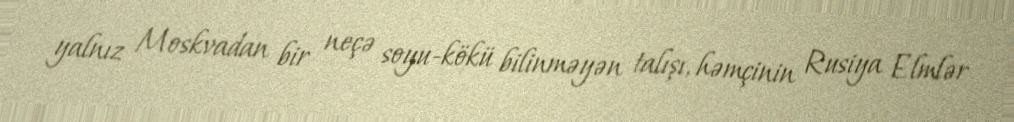
yalnız Moskvadan bir neçə soyu-kökü bilinməyən talışı, həmçinin Rusiya Elmlər